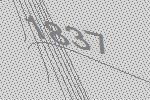
1837